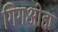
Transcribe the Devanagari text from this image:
गिगओह्म